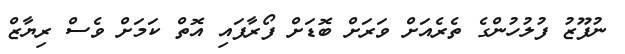
ނުފޫޒު ފުލުހުންގެ ތެރެއަށް ވަރަށް ބޮޑަށް ފޯރާފައި އޮތް ކަމަށް ވެސް ރިޔާޒް